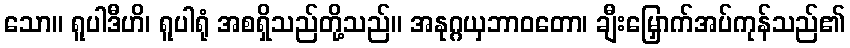
သော။ ရူပါဒီဟိ၊ ရူပါရုံ အစရှိသည်တို့သည်။ အနုဂ္ဂယှဘာဝတော၊ ချီးမြှောက်အပ်ကုန်သည်၏